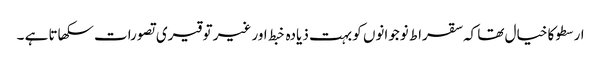
ارسطو کا خیال تھا کہ سقراط نوجوانوں کو بہت ذیادہ خبط اور غیر توقیری تصورات سکھاتا ہے ۔